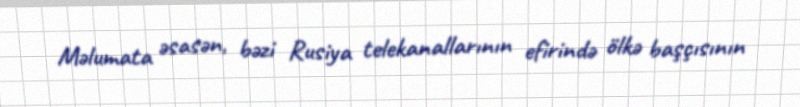
Məlumata əsasən, bəzi Rusiya telekanallarının efirində ölkə başçısının